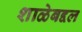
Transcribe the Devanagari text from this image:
शाळेबद्दल